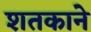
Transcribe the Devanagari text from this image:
शतकाने